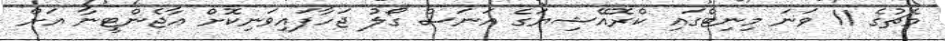
މެޗުގެ 11 ވަނަ މިނިޓްގައި ކްރޮއޭޝިޔަގެ އަނަސް ގޯލު ޖަހާފައިވަނިކޮށް އާޖެންޓީނާ އަށް